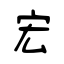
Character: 宏